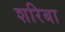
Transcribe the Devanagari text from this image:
शरिबा